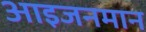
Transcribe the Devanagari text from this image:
आइजनमान